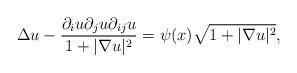
LaTeX: \begin{align*}\Delta u-\frac{\partial_iu\partial_ju\partial_{ij}u}{1+|\nabla u|^2}=\psi(x)\sqrt{1+|\nabla u|^2},\end{align*}